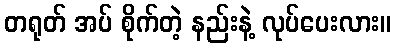
တရုတ် အပ် စိုက်တဲ့ နည်းနဲ့ လုပ်ပေးလား။